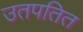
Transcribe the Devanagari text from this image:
उतपतित